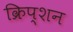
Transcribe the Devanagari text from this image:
क्रिप्शन